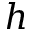
h